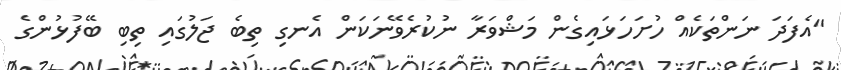
"އެފަދަ ނަންތަކެއް ހުށަހަަޅައިގެން މަޝްވަރާ ނުކުރެވޭނަކަން އެނގި ތިބެ ޖަލުގައި ތިބި ބޭފުޅުންގެ